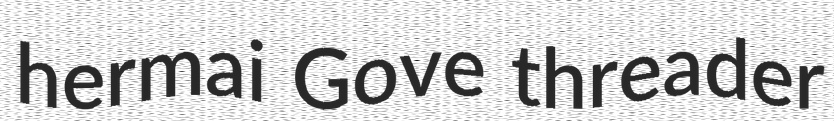
hermai Gove threader